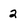
Character: 2